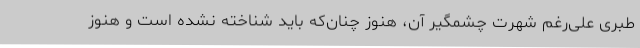
طبری علی‌رغم شهرت چشمگیر آن، هنوز چنان‌که باید شناخته نشده است و هنوز